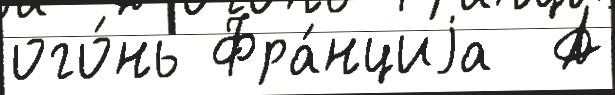
ого́нь Фра́нциjа  А